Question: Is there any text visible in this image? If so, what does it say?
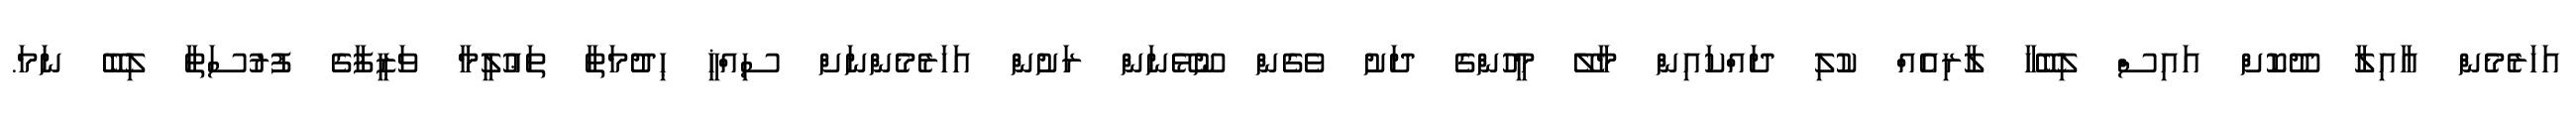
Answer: އަހަރެމެން އާއިލާ ދޫކޮށް އައިސް ލިބޭހާ ލާރިއެއް ކުލި ދައްކައިން މާލޭ މީހުންގެ ދަށު ވެގެން ނޫޅޭނަން ރަށުން އަހަރެމެންނަށް ސިއްޚީ ޙިދުމަތާ ތަޢުލީމާ ވަޒީފާގެ ފުރުސަތާ ލިބޭ ނަމަ.